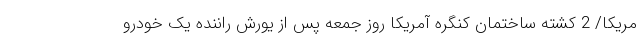
مریکا/ 2 کشته ساختمان کنگره آمریکا روز جمعه پس از یورش راننده یک خودرو